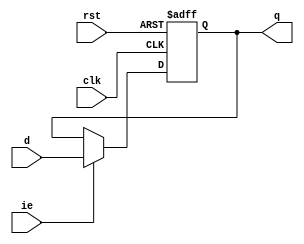
module register (
    input wire [15:0] d,
    output reg [15:0] q,
    input wire clk, ie, rst
);

initial q <= 0;

always @(posedge clk, posedge rst) begin
    if (rst)
        q <= 0;
    else if (ie)
        q <= d;
end
    
endmodule